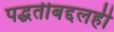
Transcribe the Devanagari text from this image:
पद्धतीबद्दलही